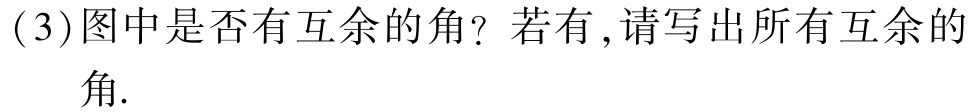
(3)图中是否有互余的角？若有,请写出所有互余的角.